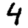
Digit: 4